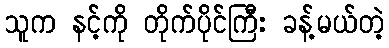
သူက နင့်ကို တိုက်ပိုင်ကြီး ခန့်မယ်တဲ့